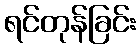
ရင်တုန်ခြင်း